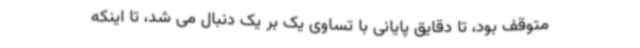
متوقف بود، تا دقایق پایانی با تساوی یک بر یک دنبال می شد، تا اینکه